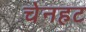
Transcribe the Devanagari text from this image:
चेनहट